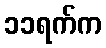
၁၁ရက်က